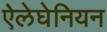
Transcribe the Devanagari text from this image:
ऐलेघेनियन